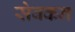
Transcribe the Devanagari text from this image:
सेवकन